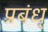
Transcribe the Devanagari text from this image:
प्रबंध्